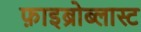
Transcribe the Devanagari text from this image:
फ़ाइब्रोब्लास्ट